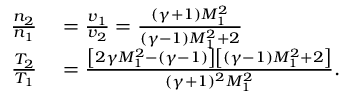
\begin{array} { r l } { \frac { n _ { 2 } } { n _ { 1 } } } & { { } = \frac { v _ { 1 } } { v _ { 2 } } = \frac { ( \gamma + 1 ) M _ { 1 } ^ { 2 } } { ( \gamma - 1 ) M _ { 1 } ^ { 2 } + 2 } } \\ { \frac { T _ { 2 } } { T _ { 1 } } } & { { } = \frac { \left[ 2 \gamma M _ { 1 } ^ { 2 } - ( \gamma - 1 ) \right] \left[ ( \gamma - 1 ) M _ { 1 } ^ { 2 } + 2 \right] } { ( \gamma + 1 ) ^ { 2 } M _ { 1 } ^ { 2 } } . } \end{array}